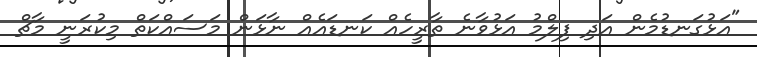
"އަޅުގަނޑުމެން އަދި ފިލްމު އަޅުވާނެ ތާރީހެއް ކަނޑައެއް ނާޅަން މަސައްކަތް މިކުރަނީ މާޗް